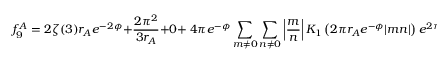
f _ { 9 } ^ { A } = 2 \zeta ( 3 ) r _ { A } e ^ { - 2 \phi } + \frac { 2 \pi ^ { 2 } } { 3 r _ { A } } + 0 + ~ 4 \pi e ^ { - \phi } \sum _ { m \ne 0 } \sum _ { n \ne 0 } \left| \frac { m } { n } \right| K _ { 1 } \left( 2 \pi r _ { A } e ^ { - \phi } | m n | \right) e ^ { 2 \pi i m n { \cal A } }